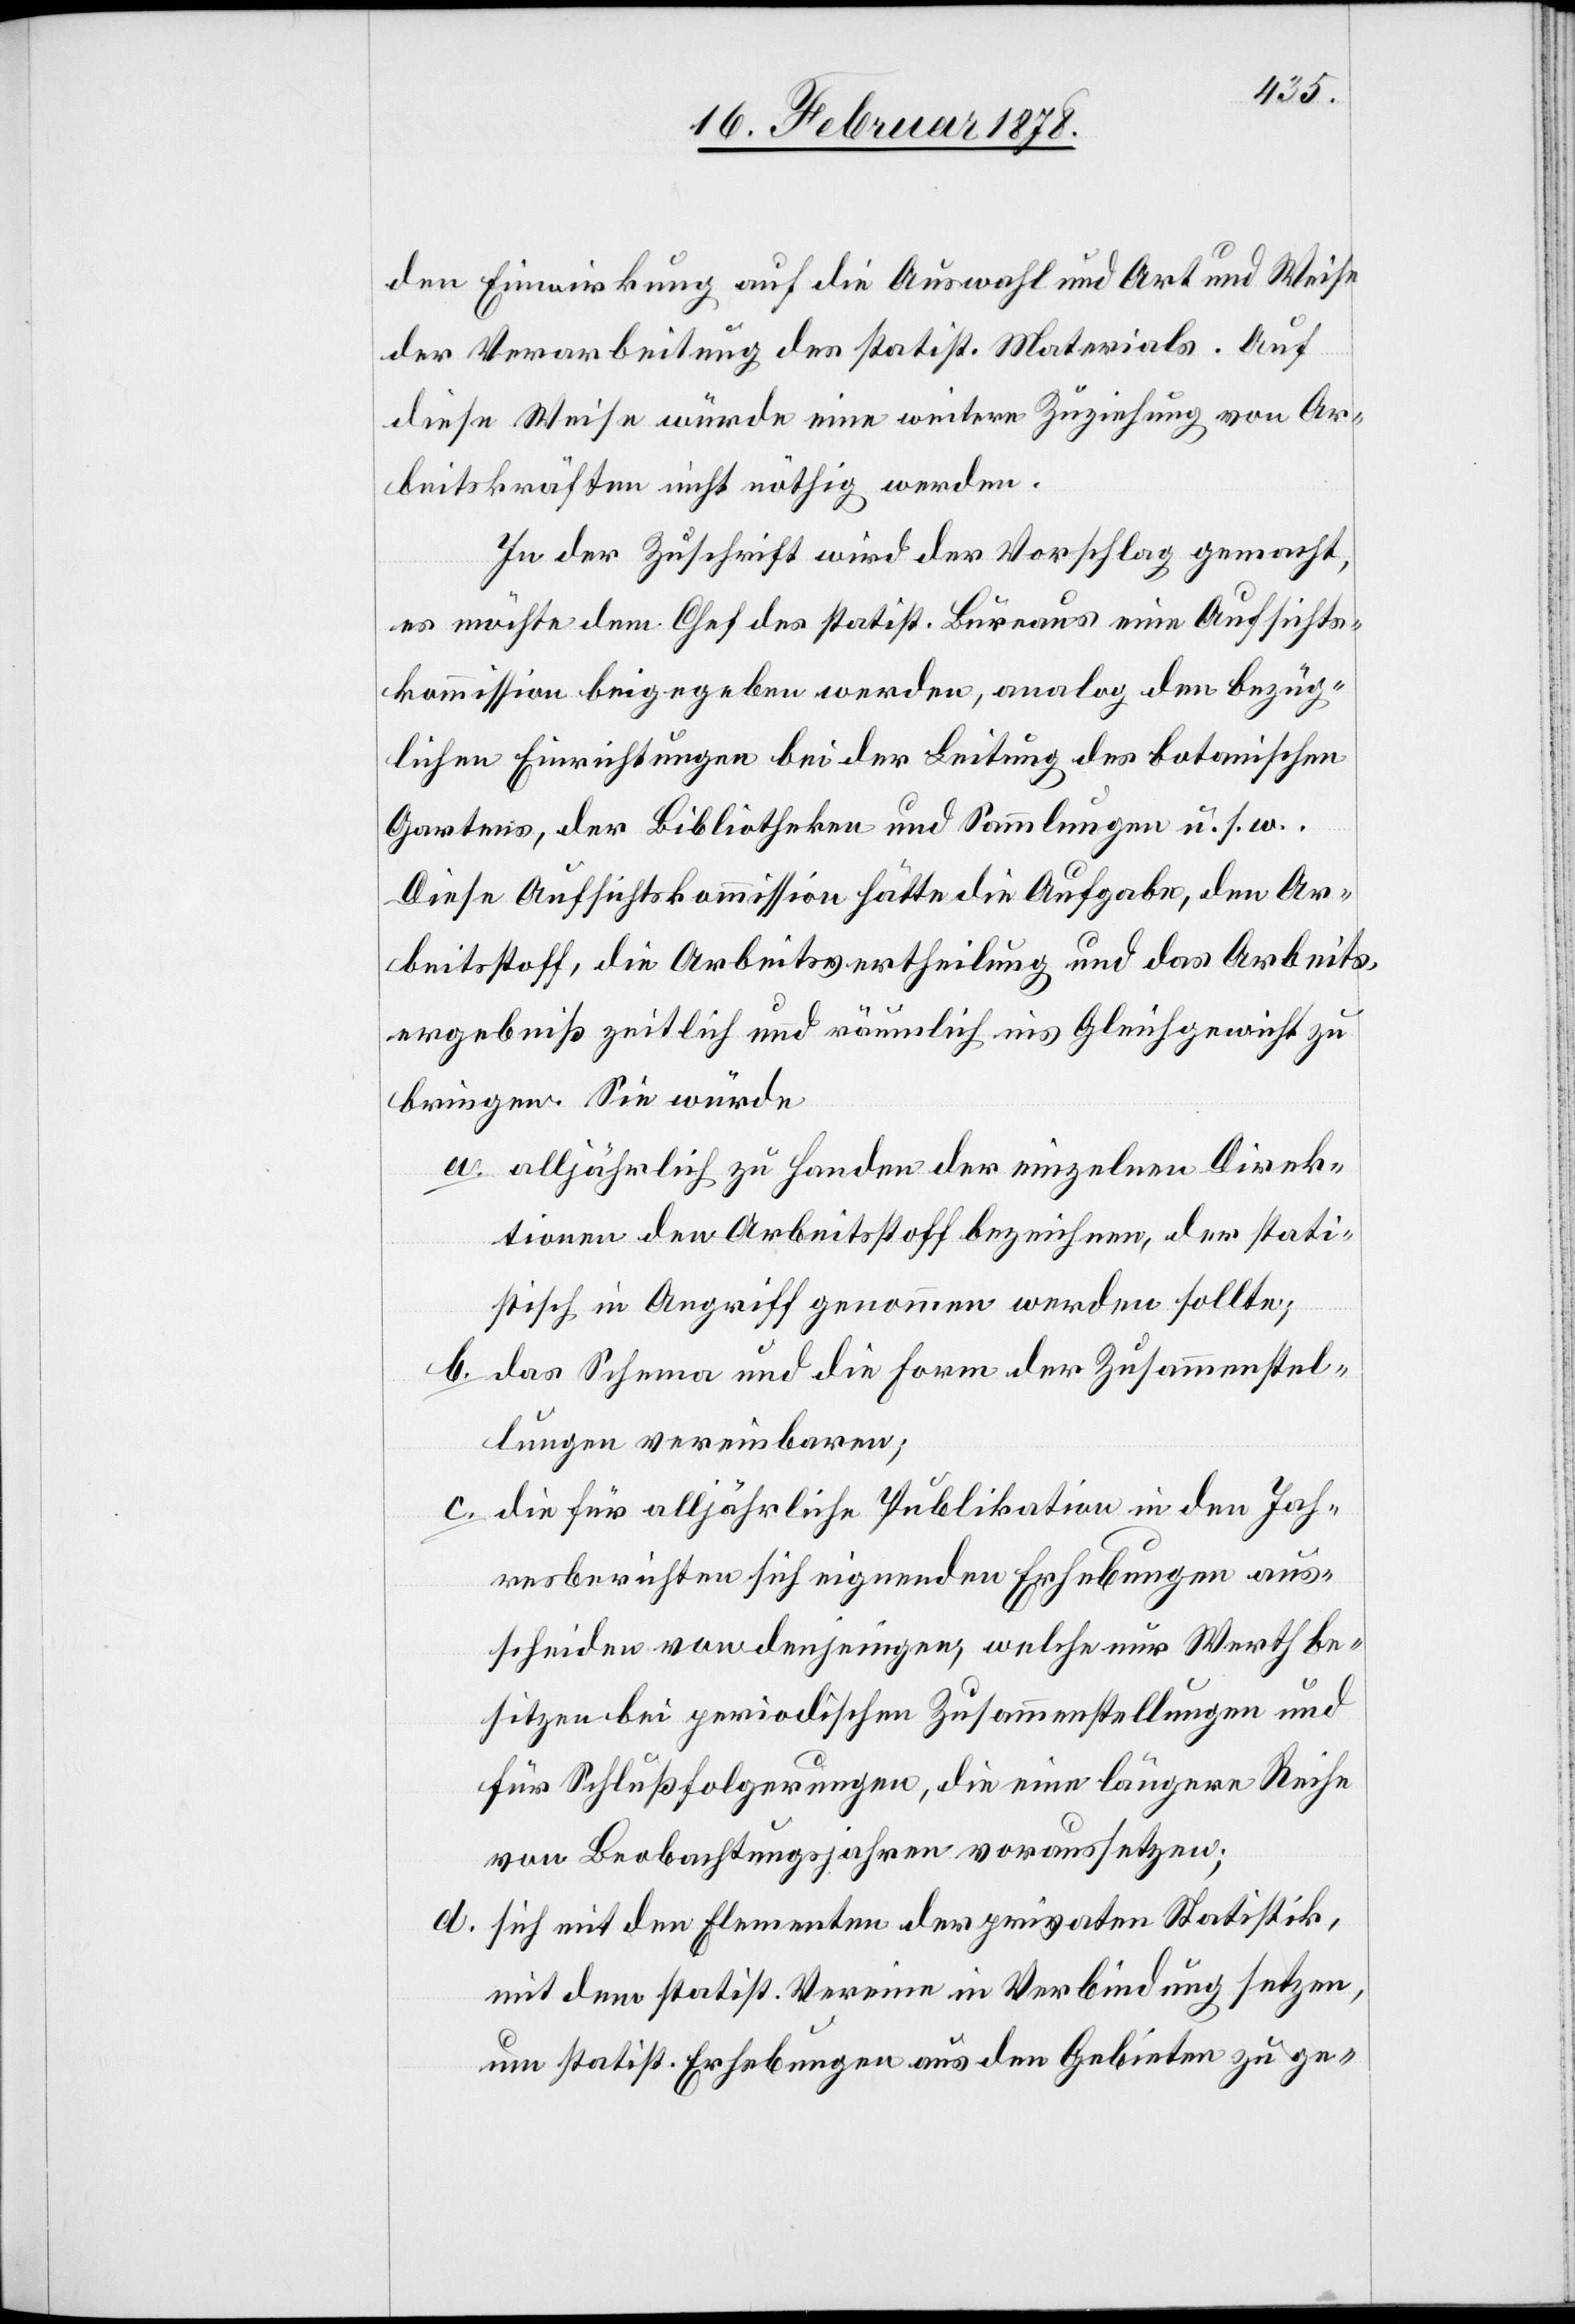
den Einwirkung auf die Auswahl und Art und Weise
der Verarbeitung des statist. Materials. Auf
diese Weise würde eine weitere Zuziehung von Ar¬
beitskräften nicht nöthig werden.
In der Zuschrift wird der Vorschlag gemacht,
es möchte dem Chef des statist. Büreaus eine Aufsichts¬
kommission beigegeben werden, analog den bezüg¬
lichen Einrichtungen bei der Leitung des botanischen
Gartens, der Bibliotheken und Sammlungen u. s. w..
Diese Aufsichtskommission hätte die Aufgabe, den Ar¬
beitsstoff, die Arbeitsvertheilung und das Arbeits¬
ergebniß zeitlich und räumlich ins Gleichgewicht zu
bringen. Sie würde
a. alljährlich zu Handen der einzelnen Direk¬
tionen den Arbeitsstoff bezeichnen, der stati¬
stisch in Angriff genommen werden sollte;
b. das Schema und die Form der Zusammenstel¬
lungen vereinbaren;
c. die für alljährliche Publikation in den Jah¬
resberichten sich eignenden Erhebungen aus¬
scheiden von denjenigen, welche nur Werth be¬
sitzen bei periodischen Zusammenstellungen und
für Schlussfolgerungen, die eine längere Reihe
von Beobachtungsjahren voraussetzen;
sich mit den Elementen der privaten Statistik,
mit dem statist. Verein in Verbindung setzen,
um statist. Erhebungen aus den Gebieten zu ge-